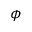
\phi